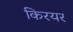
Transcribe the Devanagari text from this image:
किरयर